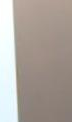
-